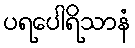
ပရပေါရိသာနံ